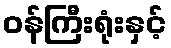
ဝန်ကြီးရုံးနှင့်